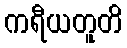
ကရီယတူတိ